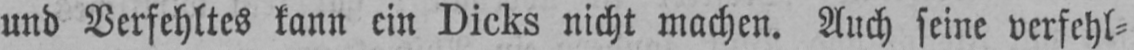
und Verfehltes kann ein Dicks nicht machen. Auch seine verfehl⸗